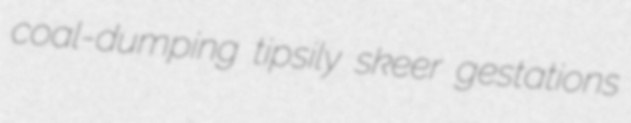
coal-dumping tipsily skeer gestations